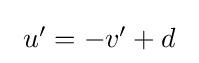
{\textstyle \ u'=-v'+d\ }